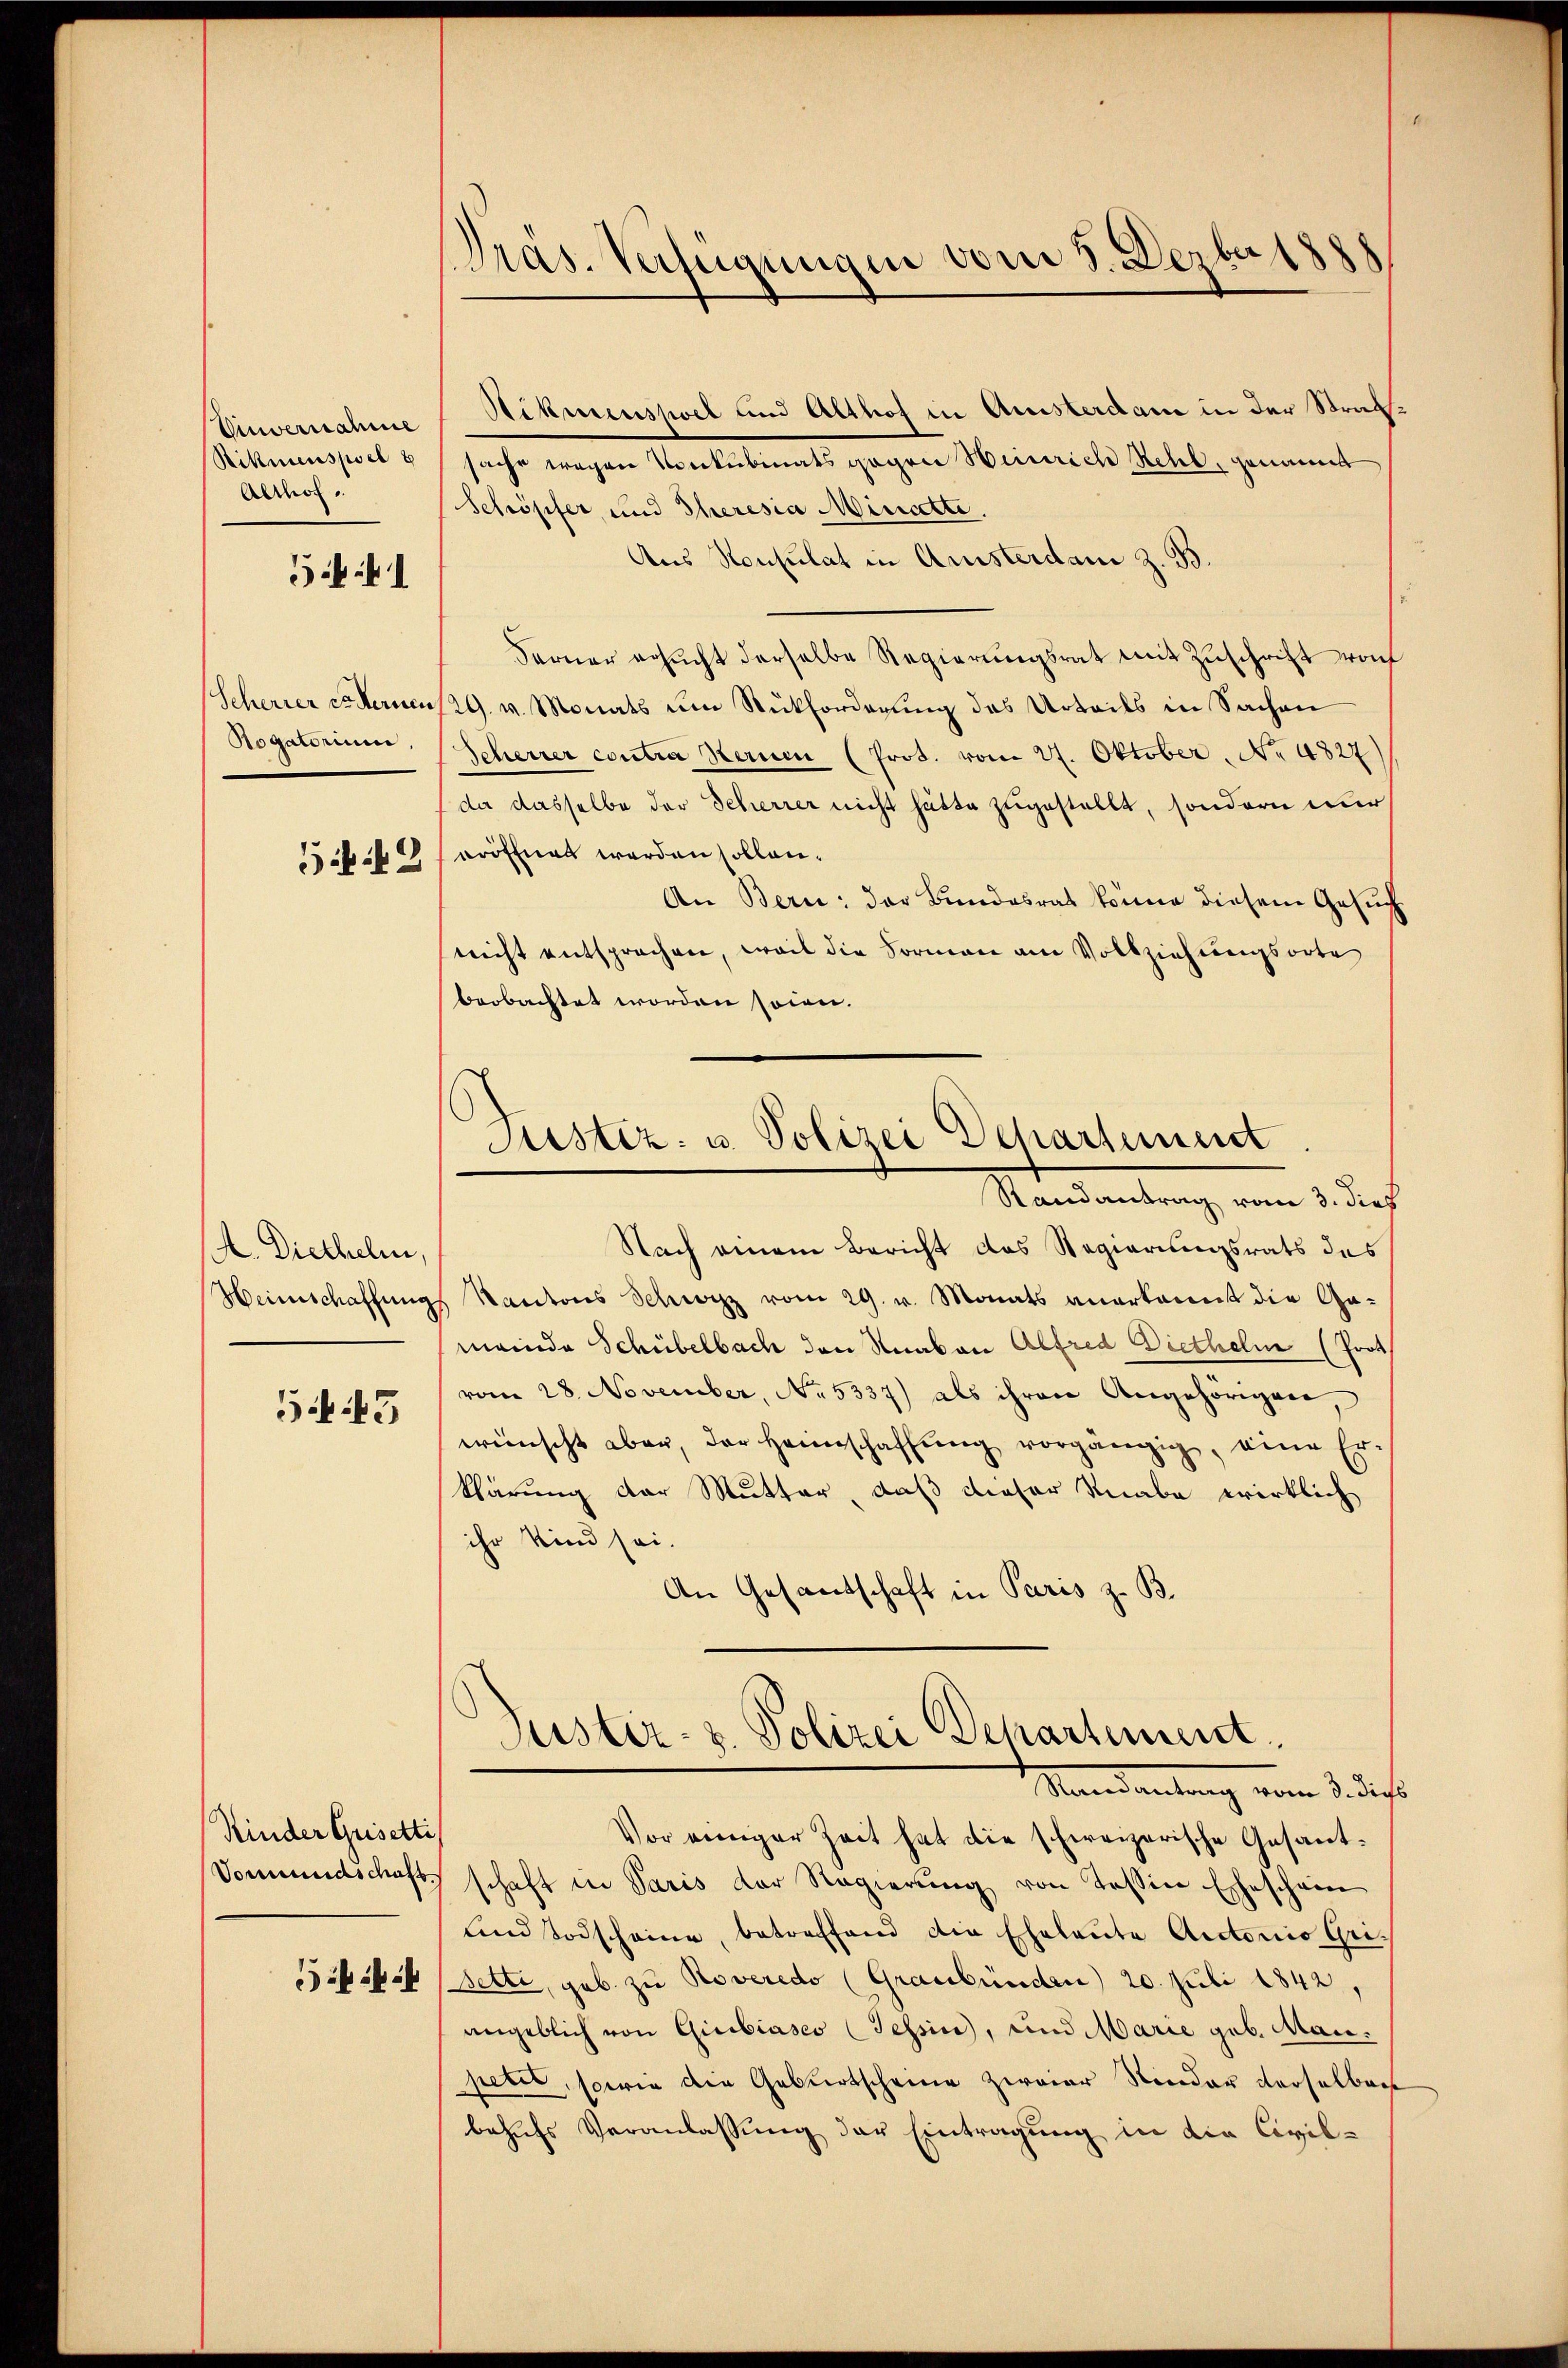
Einvernahme
Aernor
541

Rogatorium.

59

A. Diethelm,
Heimschaffung

53

Kinder Gusetti
Vormundschaft

Präs. Verfügungen vom 3. Dezbr 180

Hitmenspiel und Althof in Amisterdam in der Straf¬
Rittmenspiel sache wegen Vorkubinats gegen Heinrich Rehl, genannt
Schöpfer und Theresia Minette.
Aus Konsulat in Aristerdam z. B
Ferner ersŭcht derselbe Regierŭngsrat mit Zŭschrift von
Scherrer er Fernen 29. v. Monats um Rückforderung des Urteils in Sachen
Scherrer contra Sternen (Prot. vom 27. Oktober No 4827)
da dasselbe der Scherrer nicht hätte zugestellt, sondern nur
eröffnet werden sollen.
An Bern: der Bundesrat könne diesem Gesuch
nicht entsprochen, weil die Formen am Vollziehungsorte
beobachtet worden sein.
Nach einem Bericht das Regierungsrats des
Kantons Schwyz vom 29. v. Monats anerkannt die Ga-
meinde Schübelbach den Knaben Alfred Diethelm (Prot
vom 28. November, No. 5337) als ihren Angehörigen,
wünscht aber, der Heimschaffŭng vorgängig, eine Er-
klärung der Mutter, daß dieser Knabe wirklich
ihr Kind sei.
An Gesandschaft in Paris z. B.
Justiz- & Polizei Departement
Mandantung vom 3. dass
Vor einiger Zeit hat die schweizerische Gesantschaft in Paris der Regierung von Tessin Eheschein
Lind Todscheine, betreffend die Eheleute Autorio Grisette, geb. zu Roveredo (Graubünden 20. Juli 1842,
angeblich von Giubiasco (Tessin, und Marie geb. Manpetit, sowie die Geburtscheine zweier Nieder derselbert
behufs Veranlassung der Eintragung in die Civil¬

Justiz- u. Polizei Departement
Randantrag vom 3. dies